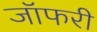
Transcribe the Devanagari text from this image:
जॉफरी